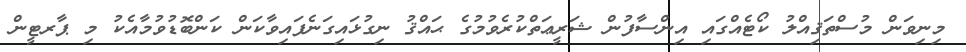
މިނިވަން މުސްތަޤިއްލު ކޯޓެއްގައި އިންސާފުން ޝަރީޢަތްކުރެވުމުގެ ޙައްޤު ނިގުޅައިގަނެފައިވާކަން ކަންބޮޑުވުމާއެކު މި ޕާރޓީން